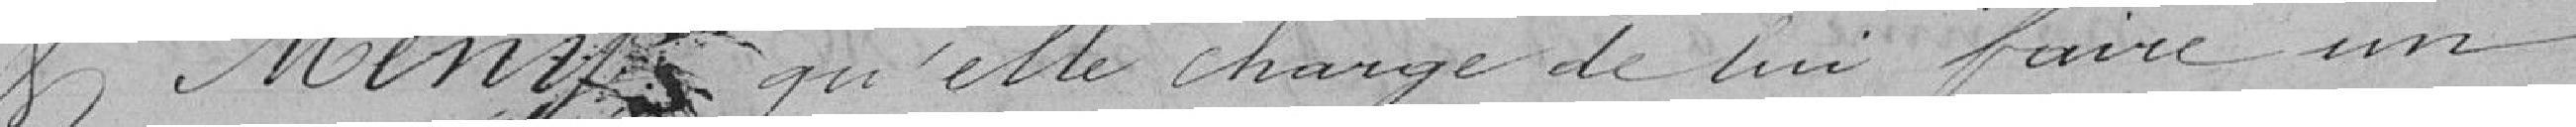
et Menz qu'elle charge de lui faire un